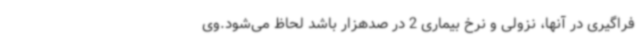
فراگیری در آنها، نزولی و نرخ بیماری 2 در صدهزار باشد لحاظ می‌شود.وی